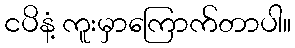
ငပိနံ့ ကူးမှာကြောက်တာပါ။